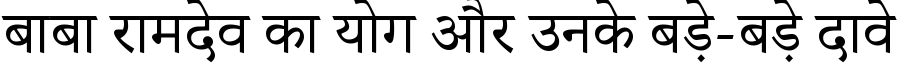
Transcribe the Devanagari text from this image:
बाबा रामदेव का योग और उनके बड़े-बड़े दावे